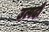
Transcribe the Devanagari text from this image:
उत्पदों